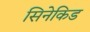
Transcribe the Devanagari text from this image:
सिनेकिड